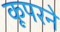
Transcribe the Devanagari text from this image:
कूपरने